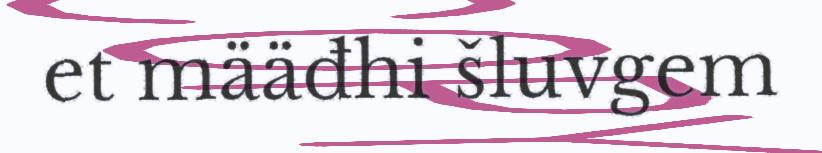
et määđhi šluvgem